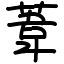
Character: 葦